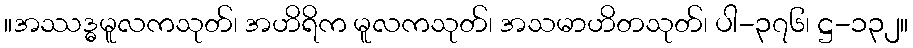
။အဿဒ္ဓမူလကသုတ်၊ အဟိရိက မူလကသုတ်၊ အသမာဟိတသုတ်၊ ပါ-၃၇၆၊ ဋ္ဌ-၁၃၂။